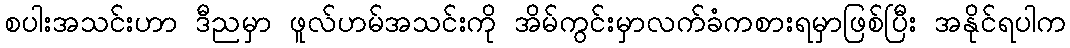
စပါးအသင်းဟာ ဒီညမှာ ဖူလ်ဟမ်အသင်းကို အိမ်ကွင်းမှာလက်ခံကစားရမှာဖြစ်ပြီး အနိုင်ရပါက